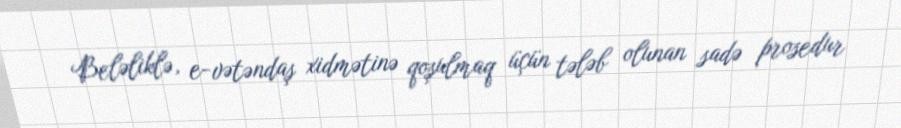
Beləliklə, e-vətəndaş xidmətinə qoşulmaq üçün tələb olunan sadə prosedur